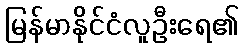
မြန်မာနိုင်ငံလူဦးရေ၏